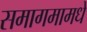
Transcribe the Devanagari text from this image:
समागमामधे